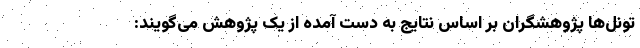
تونل‌ها پژوهشگران بر اساس نتایج به دست آمده از یک پژوهش می‌گویند: